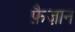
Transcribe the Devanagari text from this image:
फ़ैज़ान